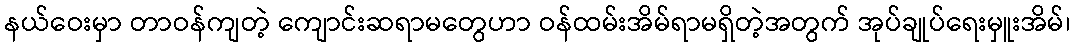
နယ်ဝေးမှာ တာဝန်ကျတဲ့ ကျောင်းဆရာမတွေဟာ ဝန်ထမ်းအိမ်ရာမရှိတဲ့အတွက် အုပ်ချုပ်ရေးမှူးအိမ်၊